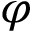
\varphi